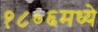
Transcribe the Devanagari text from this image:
१८०६मध्ये